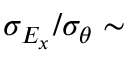
\sigma _ { E _ { x } } / \sigma _ { \theta } \sim